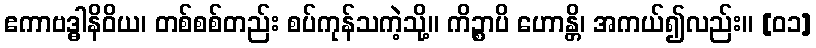
ဧကာဗဒ္ဓါနိဝိယ၊ တစ်စစ်တည်း စပ်ကုန်သကဲ့သို့။ ကိဉ္စာပိ ဟောန္တိ၊ အကယ်၍လည်း။ [၀၁]